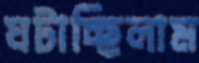
ঘটাচ্ছিলাম